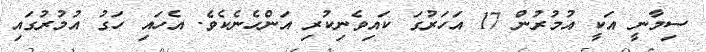
ސިމާނީ އަކީ އުމުރުން 17 އަހަރުގަ ކައިވެނިކުރި އަންހެނެކެވެ. އެހައި ހަގު އުމުރުގައި